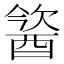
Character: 𨡢